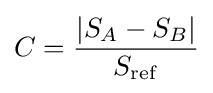
C={\frac {|S_{A}-S_{B}|}{S_{\mathrm {ref} }}}